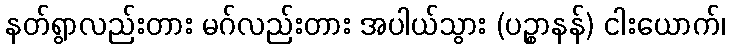
နတ်ရွာလည်းတား မဂ်လည်းတား အပါယ်သွား (ပဉ္စာနန်) ငါးယောက်၊